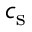
c _ { \mathrm { s } }